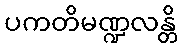
ပကတိမဏ္ဍလန္တိ